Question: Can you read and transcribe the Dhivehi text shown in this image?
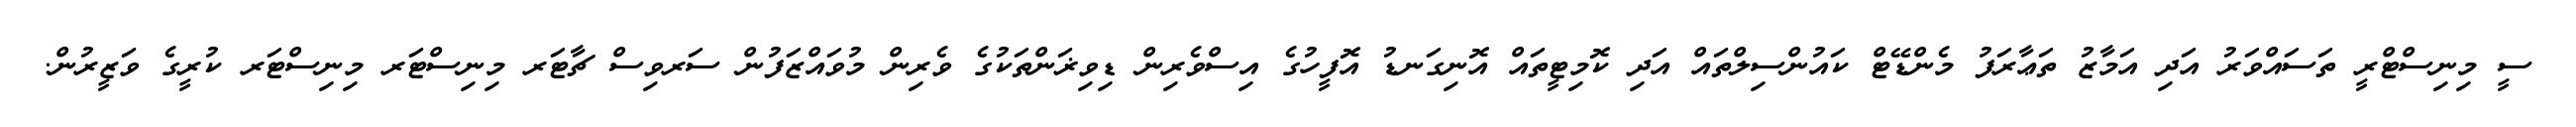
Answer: ސީ މިނިސްޓްރީ ތަސައްވަރު އަދި އަމާޒު ތަޢާރަފު މެންޑޭޓް ކައުންސިލްތައް އަދި ކޮމިޓީތައް އޮނިގަނޑު އޮފީހުގެ އިސްވެރިން ޑިވިޜަންތަކުގެ ވެރިން މުވައްޒަފުން ސަރވިސް ޗާޓަރ މިނިސްޓަރ މިނިސްޓަރ ކުރީގެ ވަޒީރުން.